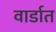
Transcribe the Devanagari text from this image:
वार्डात